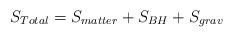
LaTeX: \begin{align*}S_{Total} = S_{matter} + S_{BH} + S_{grav}\end{align*}